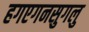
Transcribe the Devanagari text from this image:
हगएगनसुगलु